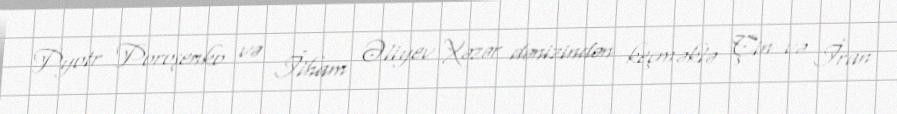
Pyotr Poroşenko və İlham Əliyev Xəzər dənizindən keçməklə Çin və İran